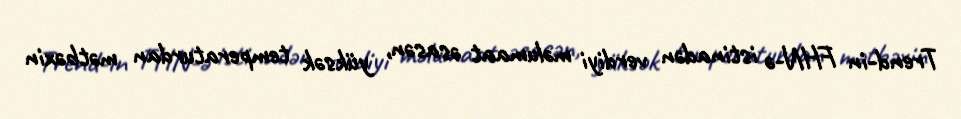
Trend-in FHN-ə istinadən verdiyi məlumaat əsasən, yüksək temperaturdan mətbəxin